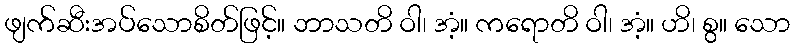
ဖျက်ဆီးအပ်သောစိတ်ဖြင့်။ ဘာသတိ ဝါ၊ အံ့။ ကရောတိ ဝါ၊ အံ့။ ဟိ၊ စွ။ သော